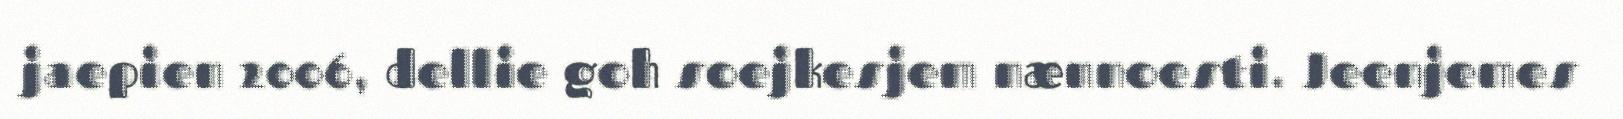
jaepien 2006, dellie goh soejkesjem nænnoesti. Jeenjemes